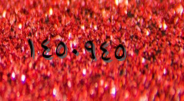
١٤٥٠٩٤٥